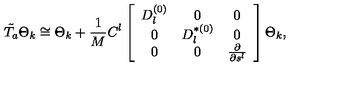
\tilde { T _ { a } } \Theta _ { k } \cong \Theta _ { k } + \frac { 1 } { M } C ^ { l } \left[ \begin{array} { c c c } { D _ { l } ^ { ( 0 ) } } & { 0 } & { 0 } \\ { 0 } & { D _ { l } ^ { \ast ( 0 ) } } & { 0 } \\ { 0 } & { 0 } & { \frac { \partial } { \partial s ^ { l } } } \\ \end{array} \right] \Theta _ { k } ,